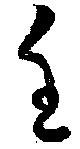
至